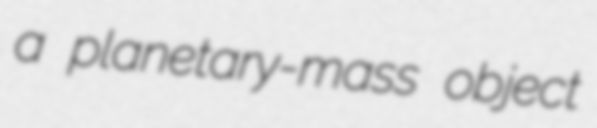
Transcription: a planetary-mass object